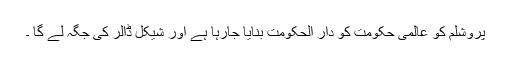
پروشلم کو عالمی حکومت کو دار الحکومت بنایا جارہا ہے اور شیکل ڈالر کی جگہ لے گا ۔